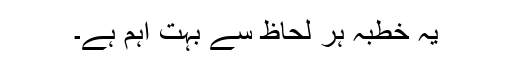
یہ خطبہ ہر لحاظ سے بہت اہم ہے۔